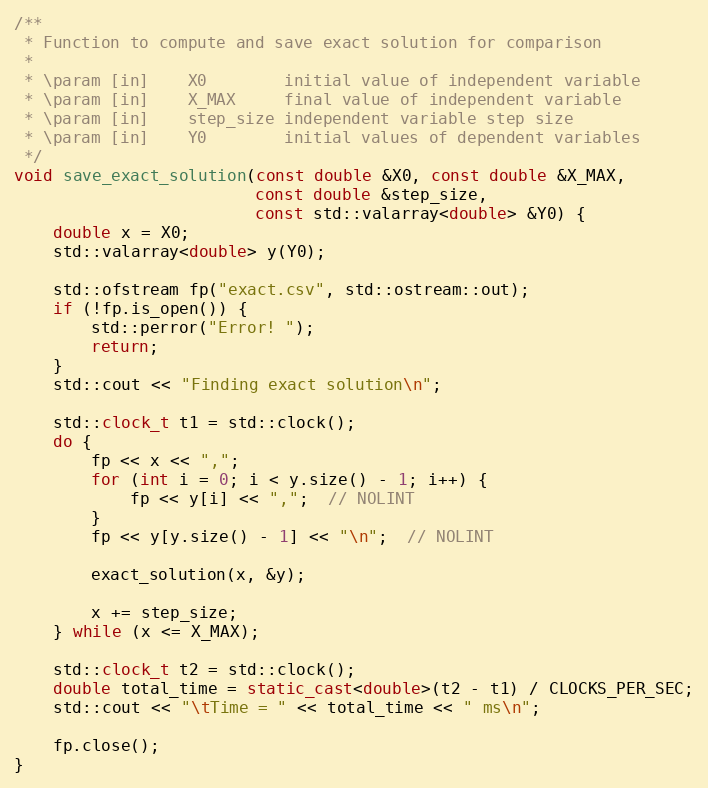
Language: C++
/**
 * Function to compute and save exact solution for comparison
 *
 * \param [in]    X0  	    initial value of independent variable
 * \param [in] 	  X_MAX	    final value of independent variable
 * \param [in] 	  step_size	independent variable step size
 * \param [in]    Y0	    initial values of dependent variables
 */
void save_exact_solution(const double &X0, const double &X_MAX,
                         const double &step_size,
                         const std::valarray<double> &Y0) {
    double x = X0;
    std::valarray<double> y(Y0);

    std::ofstream fp("exact.csv", std::ostream::out);
    if (!fp.is_open()) {
        std::perror("Error! ");
        return;
    }
    std::cout << "Finding exact solution\n";

    std::clock_t t1 = std::clock();
    do {
        fp << x << ",";
        for (int i = 0; i < y.size() - 1; i++) {
            fp << y[i] << ",";  // NOLINT
        }
        fp << y[y.size() - 1] << "\n";  // NOLINT

        exact_solution(x, &y);

        x += step_size;
    } while (x <= X_MAX);

    std::clock_t t2 = std::clock();
    double total_time = static_cast<double>(t2 - t1) / CLOCKS_PER_SEC;
    std::cout << "\tTime = " << total_time << " ms\n";

    fp.close();
}